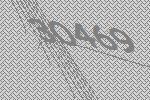
30469